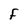
Character: F